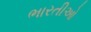
ભારતીઓ